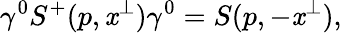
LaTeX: \gamma^{0}S^{+}(p,\mathit{x}^{\perp})\gamma^{0}=S(p,-\mathit{x}^{\perp}),